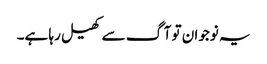
یہ نوجوان تو آگ سے کھیل رہا ہے۔